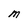
Character: M